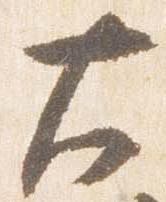
大